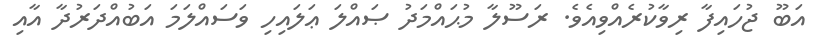
އަބޫ ޖުހައިފާ ރިވާކުރެއްވިއެވެ. ރަސޫލާ މުޙައްމަދު ޞައްލަ ޢަލައިހި ވަސައްލަމަ އަބުއްދަރުދާ އާއި